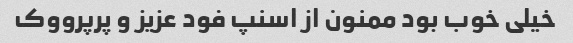
خیلی خوب بود ممنون از اسنپ فود عزیز و پرپرووک